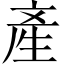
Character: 產